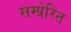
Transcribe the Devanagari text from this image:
सम्प्रेरित